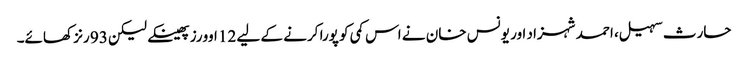
حارث سہیل، احمد شہزاد اور یونس خان نے اس کمی کو پورا کرنے کے لیے 12 اوورز پھینکے لیکن 93 رنز کھائے۔